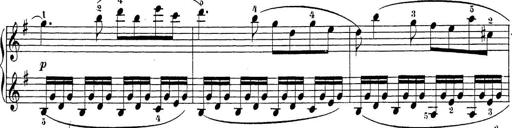
Title: Sonatina Album
Composer: Louis KÃ¶hler